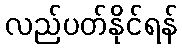
လည်ပတ်နိုင်ရန်